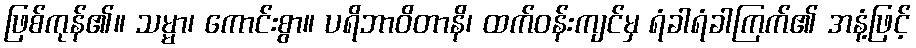
ဖြစ်ကုန်၏။ သမ္မာ၊ ကောင်းစွာ။ ပရိဘာဝိတာနိ၊ ထက်ဝန်းကျင်မှ ရံခါရံခါကြက်၏ အနံ့ဖြင့်